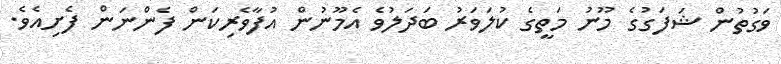
ވަގުތުން ޝަފަގުގެ މޫނު މަތީގެ ކުލަވަރު ބަދަލުވެ އެމޫނުން އުފާވެރިކަން ފެންނަން ފެށިއެވެ.